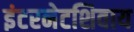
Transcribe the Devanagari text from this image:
इंटरनेटशिवाय